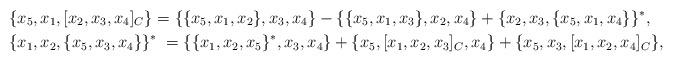
LaTeX: \begin{align*} &\{x_5, x_1, [x_2, x_3, x_4]_C\} = \{\{x_5, x_1, x_2\}, x_3, x_4\} - \{\{x_5, x_1, x_3\}, x_2, x_4\}+ \{x_2, x_3, \{x_5, x_1, x_4\}\}^{*},\\ &\{x_1, x_2, \{x_5, x_3, x_4\}\}^{*} \;= \{\{x_1, x_2, x_5\}^{*}, x_3, x_4\} + \{x_5, [x_1, x_2, x_3]_C, x_4\}+ \{x_5, x_3, [x_1, x_2, x_4]_C\}, \end{align*}